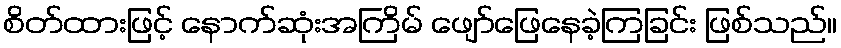
စိတ်ထားဖြင့် နောက်ဆုံးအကြိမ် ဖျော်ဖြေနေခဲ့ကြခြင်း ဖြစ်သည်။